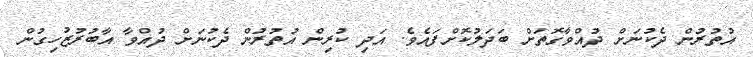
އުތުރުން ދެކުނަށް ދުއްވާގޮތަށް ބަދަލުކޮށްފައެވެ. އަދި ކުރިން އުތުރުން ދެކުނަށް ދުއްވާ އާބުރުޒުހިގުން